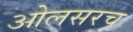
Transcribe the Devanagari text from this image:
ओलसरच